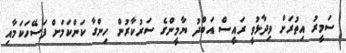
ސަމީރު އިތުރަށް ވިދާޅުވީ ރައީސް އަބްދު ޔާމީންގެ ސަރުކާރުން ހިންގާ ކަންކަމަށް ފަސޭހަކަމާއި